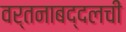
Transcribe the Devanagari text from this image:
वर्तनाबद्दलची